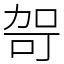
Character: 哿